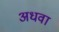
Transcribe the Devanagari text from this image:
अधवा